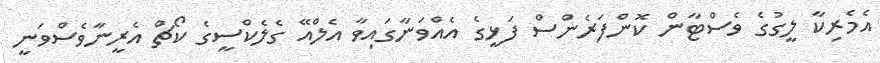
އެމެރިކާ ލީގުގެ ވެސްޓާން ކޮންފަރެންސް ފަޅީގެ އެއްވަނާގައިވާ އެލްއޭ ގެލެކްސީގެ ކޯޗް އެރީނާވެސްވަނީ